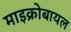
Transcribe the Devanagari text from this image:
माइक्रोबायल